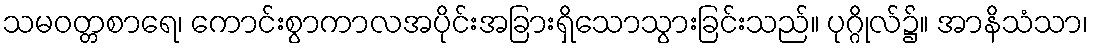
သမဝတ္တစာရေ၊ ကောင်းစွာကာလအပိုင်းအခြားရှိသောသွားခြင်းသည်။ ပုဂ္ဂိုလ်၌။ အာနိသံသာ၊